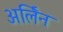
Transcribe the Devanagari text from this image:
अर्लिन